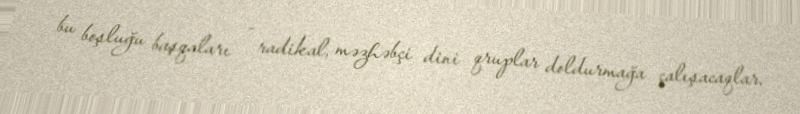
bu boşluğu başqaları - radikal, məzhəbçi dini qruplar doldurmağa çalışacaqlar.